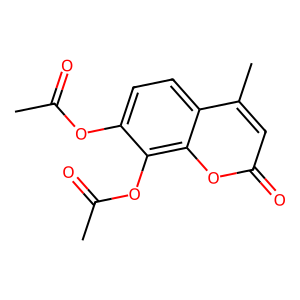
SMILES: CC(=O)Oc1ccc2c(C)cc(=O)oc2c1OC(C)=O
Inhibits HIV replication: No